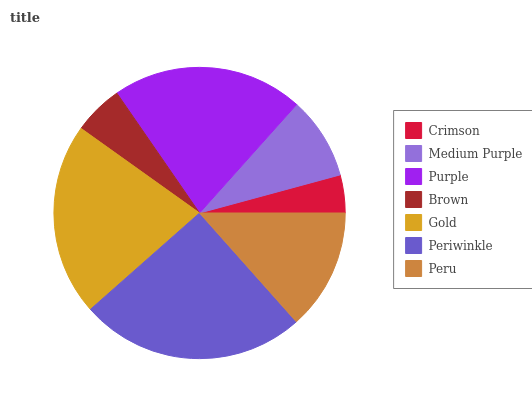
| Crimson | Medium Purple | Purple | Brown | Gold | Periwinkle | Peru |
 | --- | --- | --- | --- | --- | --- | --- |
 | 4.21% | 9.19% | 21.2% | 5.53% | 21.4% | 25% | 13.5% |